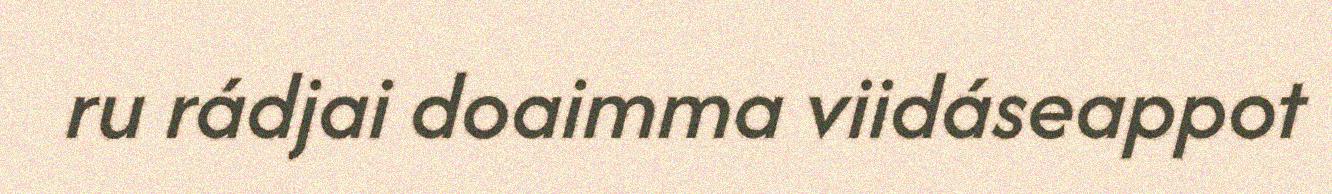
ru rádjai doaimma viidáseappot